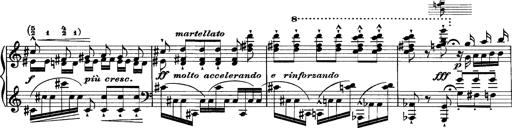
Title: Grandes Etudes
Composer: Franz Liszt